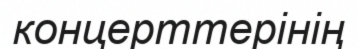
концерттерінің